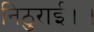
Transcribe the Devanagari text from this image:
निठुराई।।